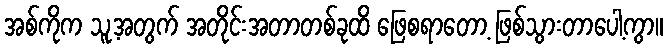
အစ်ကိုက သူ့အတွက် အတိုင်းအတာတစ်ခုထိ ဖြေစရာတော့ ဖြစ်သွားတာပေါ့ကွာ။